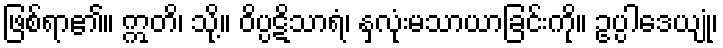
ဖြစ်ရာ၏။ ဣတိ၊ သို့။ ဝိပ္ပဋိသာရံ၊ နှလုံးမသာယာခြင်းကို။ ဥပ္ပါဒေယျုံ၊